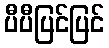
ပီပီပြင်ပြင်